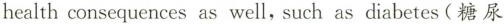
health consequences as well, such as diabetes(糖尿